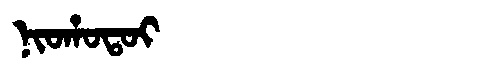
Manchu: ᠨᡳᠣᡥᠣᡨᠣᡳ
Romanization: NIOHOTOI